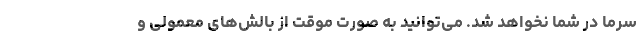
سرما در شما نخواهد شد. می‌توانید به صورت موقت از بالش‌های معمولی و